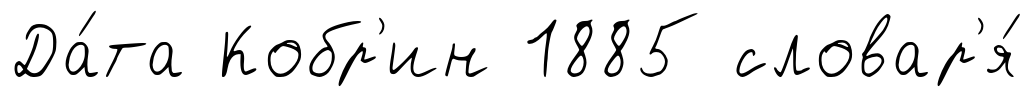
Да́та Кобр'ин 1885 словар'я́